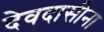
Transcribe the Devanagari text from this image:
देवदासीना